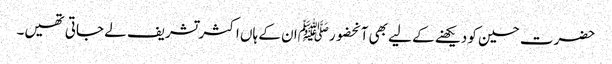
حضرت حسین کو دیکھنے کے لیے بھی آنحضورﷺان کے ہاں اکثرتشریف لے جاتی تھیں۔